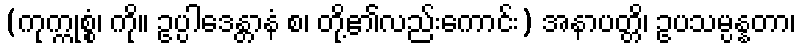
(ကုက္ကုစ္စံ၊ ကို။ ဥပ္ပါဒေန္တာနံ စ၊ တို့၏လည်းကောင်း) အနာပတ္တိ၊ ဥပသမ္ပန္နတာ၊